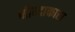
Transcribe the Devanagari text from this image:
नीन्दाकारा